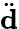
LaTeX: \ddot{\mathbf d}